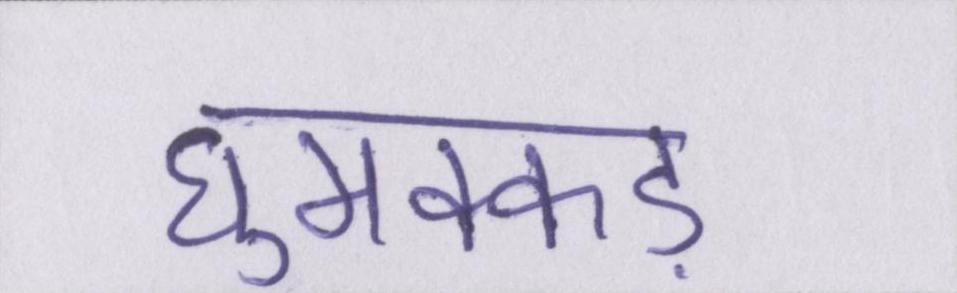
घुमक्कड़